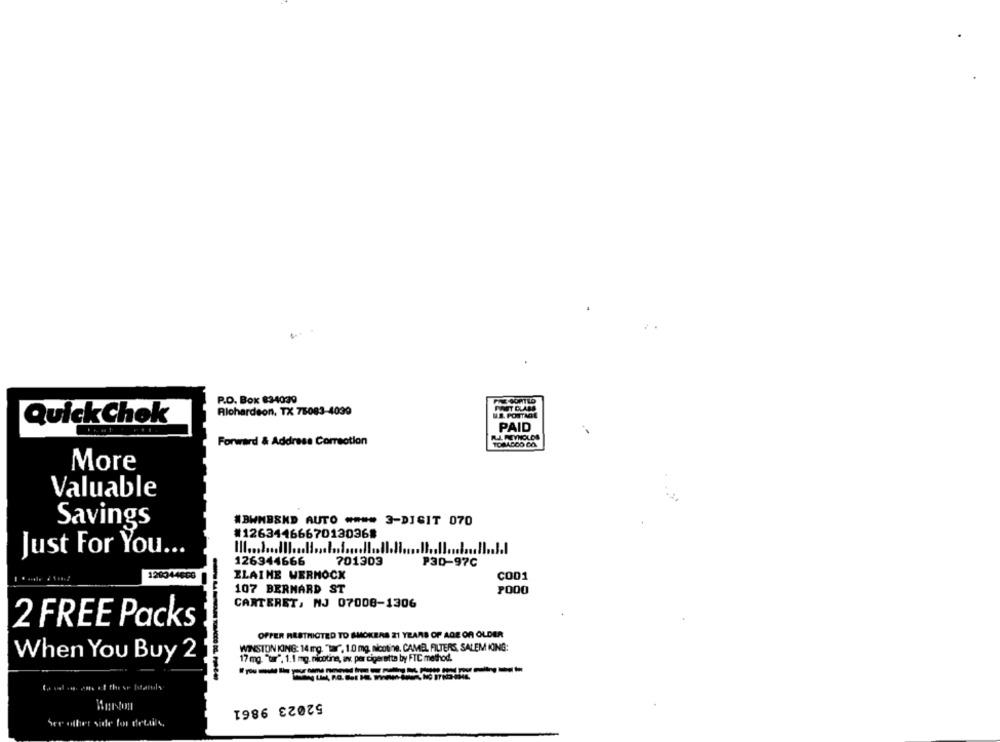
P.O. Box 834039
Alohardeon, TX 76083-4039
Quick Chok
PAID
R.J. REYNOLDS
Forward & Address Correction
TOBACCO CO.
More
Valuable
Savings
#BWMBSHD AUTO **** 3-DIGIT 070
#12634466670130368
Just For You ...
126344666
701303
P30-97C
ZLATHE WERMOCK
COD1
107 BERNARD ST
CARTERET, NJ 07008-1306
2 FREE Packs
OFFER RESTRICTED TO SMOKERS 21 YEARS OF AGE OR OLDER
WINSTON KING: 14 mg. "Tar", 1.0 mg. nicotine, CAME, FILTERS, SALEM KING:
When You Buy 2
17 mg. "twr", 1.1 mg. nicotina, av. per cigerette by FTC method.
52023 9861
See other side for details,